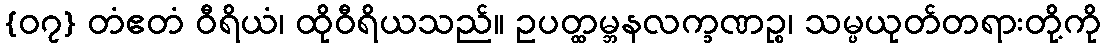
{၀၇} တံဧတံ ဝီရိယံ၊ ထိုဝီရိယသည်။ ဥပတ္ထမ္ဘနလက္ခဏဉ္စ၊ သမ္ပယုတ်တရားတို့ကို